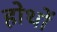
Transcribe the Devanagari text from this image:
होथों